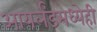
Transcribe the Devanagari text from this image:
आयर्लंडमध्येही